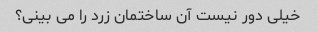
خیلی دور نیست آن ساختمان زرد را می بینی؟